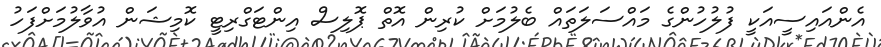
އެންއައިސީއަކީ ފުލުހުންގެ މައްސަލަތައް ބެލުމަށް ކުރިން އޮތް ޕޮލިސް އިންޓަގްރިޓީ ކޮމިޝަން އުވާލުމަށްފަހު